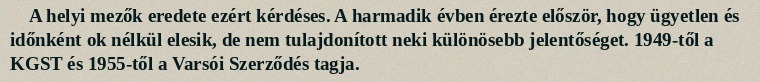
A helyi mezők eredete ezért kérdéses. A harmadik évben érezte először, hogy ügyetlen és időnként ok nélkül elesik, de nem tulajdonított neki különösebb jelentőséget. 1949-től a KGST és 1955-től a Varsói Szerződés tagja.